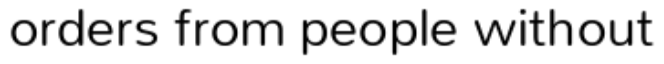
orders from people without